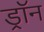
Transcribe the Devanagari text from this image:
ड्रॉन